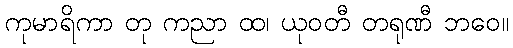
ကုမာရိကာ တု ကညာ ထ၊ ယုဝတီ တရုဏီ ဘဝေ။